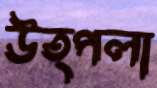
উত্পলা